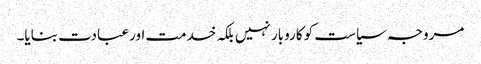
مروجہ سیاست کو کاروبار نہیں بلکہ خدمت اور عبادت بنایا۔